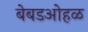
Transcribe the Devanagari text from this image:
बेबडओहळ